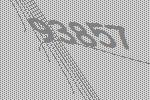
93857